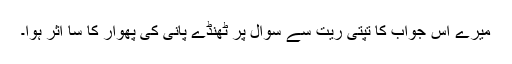
میرے اس جواب کا تپتی ریت سے سوال پر ٹھنڈے پانی کی پھوار کا سا اثر ہوا۔